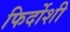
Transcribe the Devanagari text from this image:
फिर्दोशी